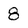
Character: 8